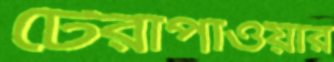
টেরাপাওয়ার